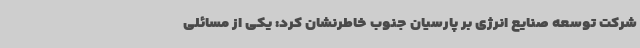
شرکت توسعه صنایع انرژی بر پارسیان جنوب خاطرنشان کرد: یکی از مسائلی